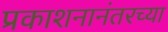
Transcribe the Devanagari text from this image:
प्रकाशनानंतरच्या